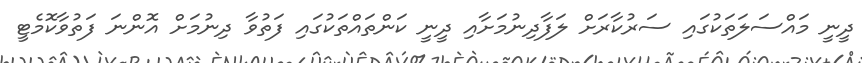
ދީނީ މައްސަލަތަކުގައި ސަރުކާރަށް ލަފާދިނުމަށާއި ދީނީ ކަންތައްތަކުގައި ފަތުވާ ދިނުމަށް އޮންނަ ފަތުވާކޮމެޓީ